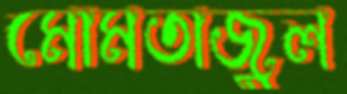
মোমতাজুল